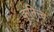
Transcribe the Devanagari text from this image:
कृतित्त्व